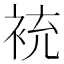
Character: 䘪